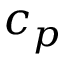
c _ { p }